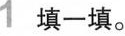
1 填一填。